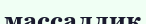
массаллик